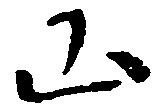
山